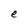
Character: e